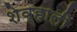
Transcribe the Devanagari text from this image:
शेव्हाली